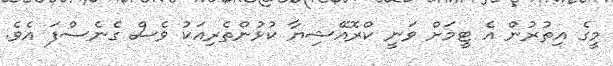
މީގެ އިތުރުން އެ ޓީމަށް ވަނީ ކްރޮއޭޝިޔާ ކުޅުންތެރިއަކު ވެސް ގެނެސްފަ އެވެ.